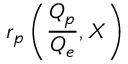
r _ { p } \left( \frac { Q _ { p } } { Q _ { e } } , X \right)